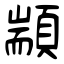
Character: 顓